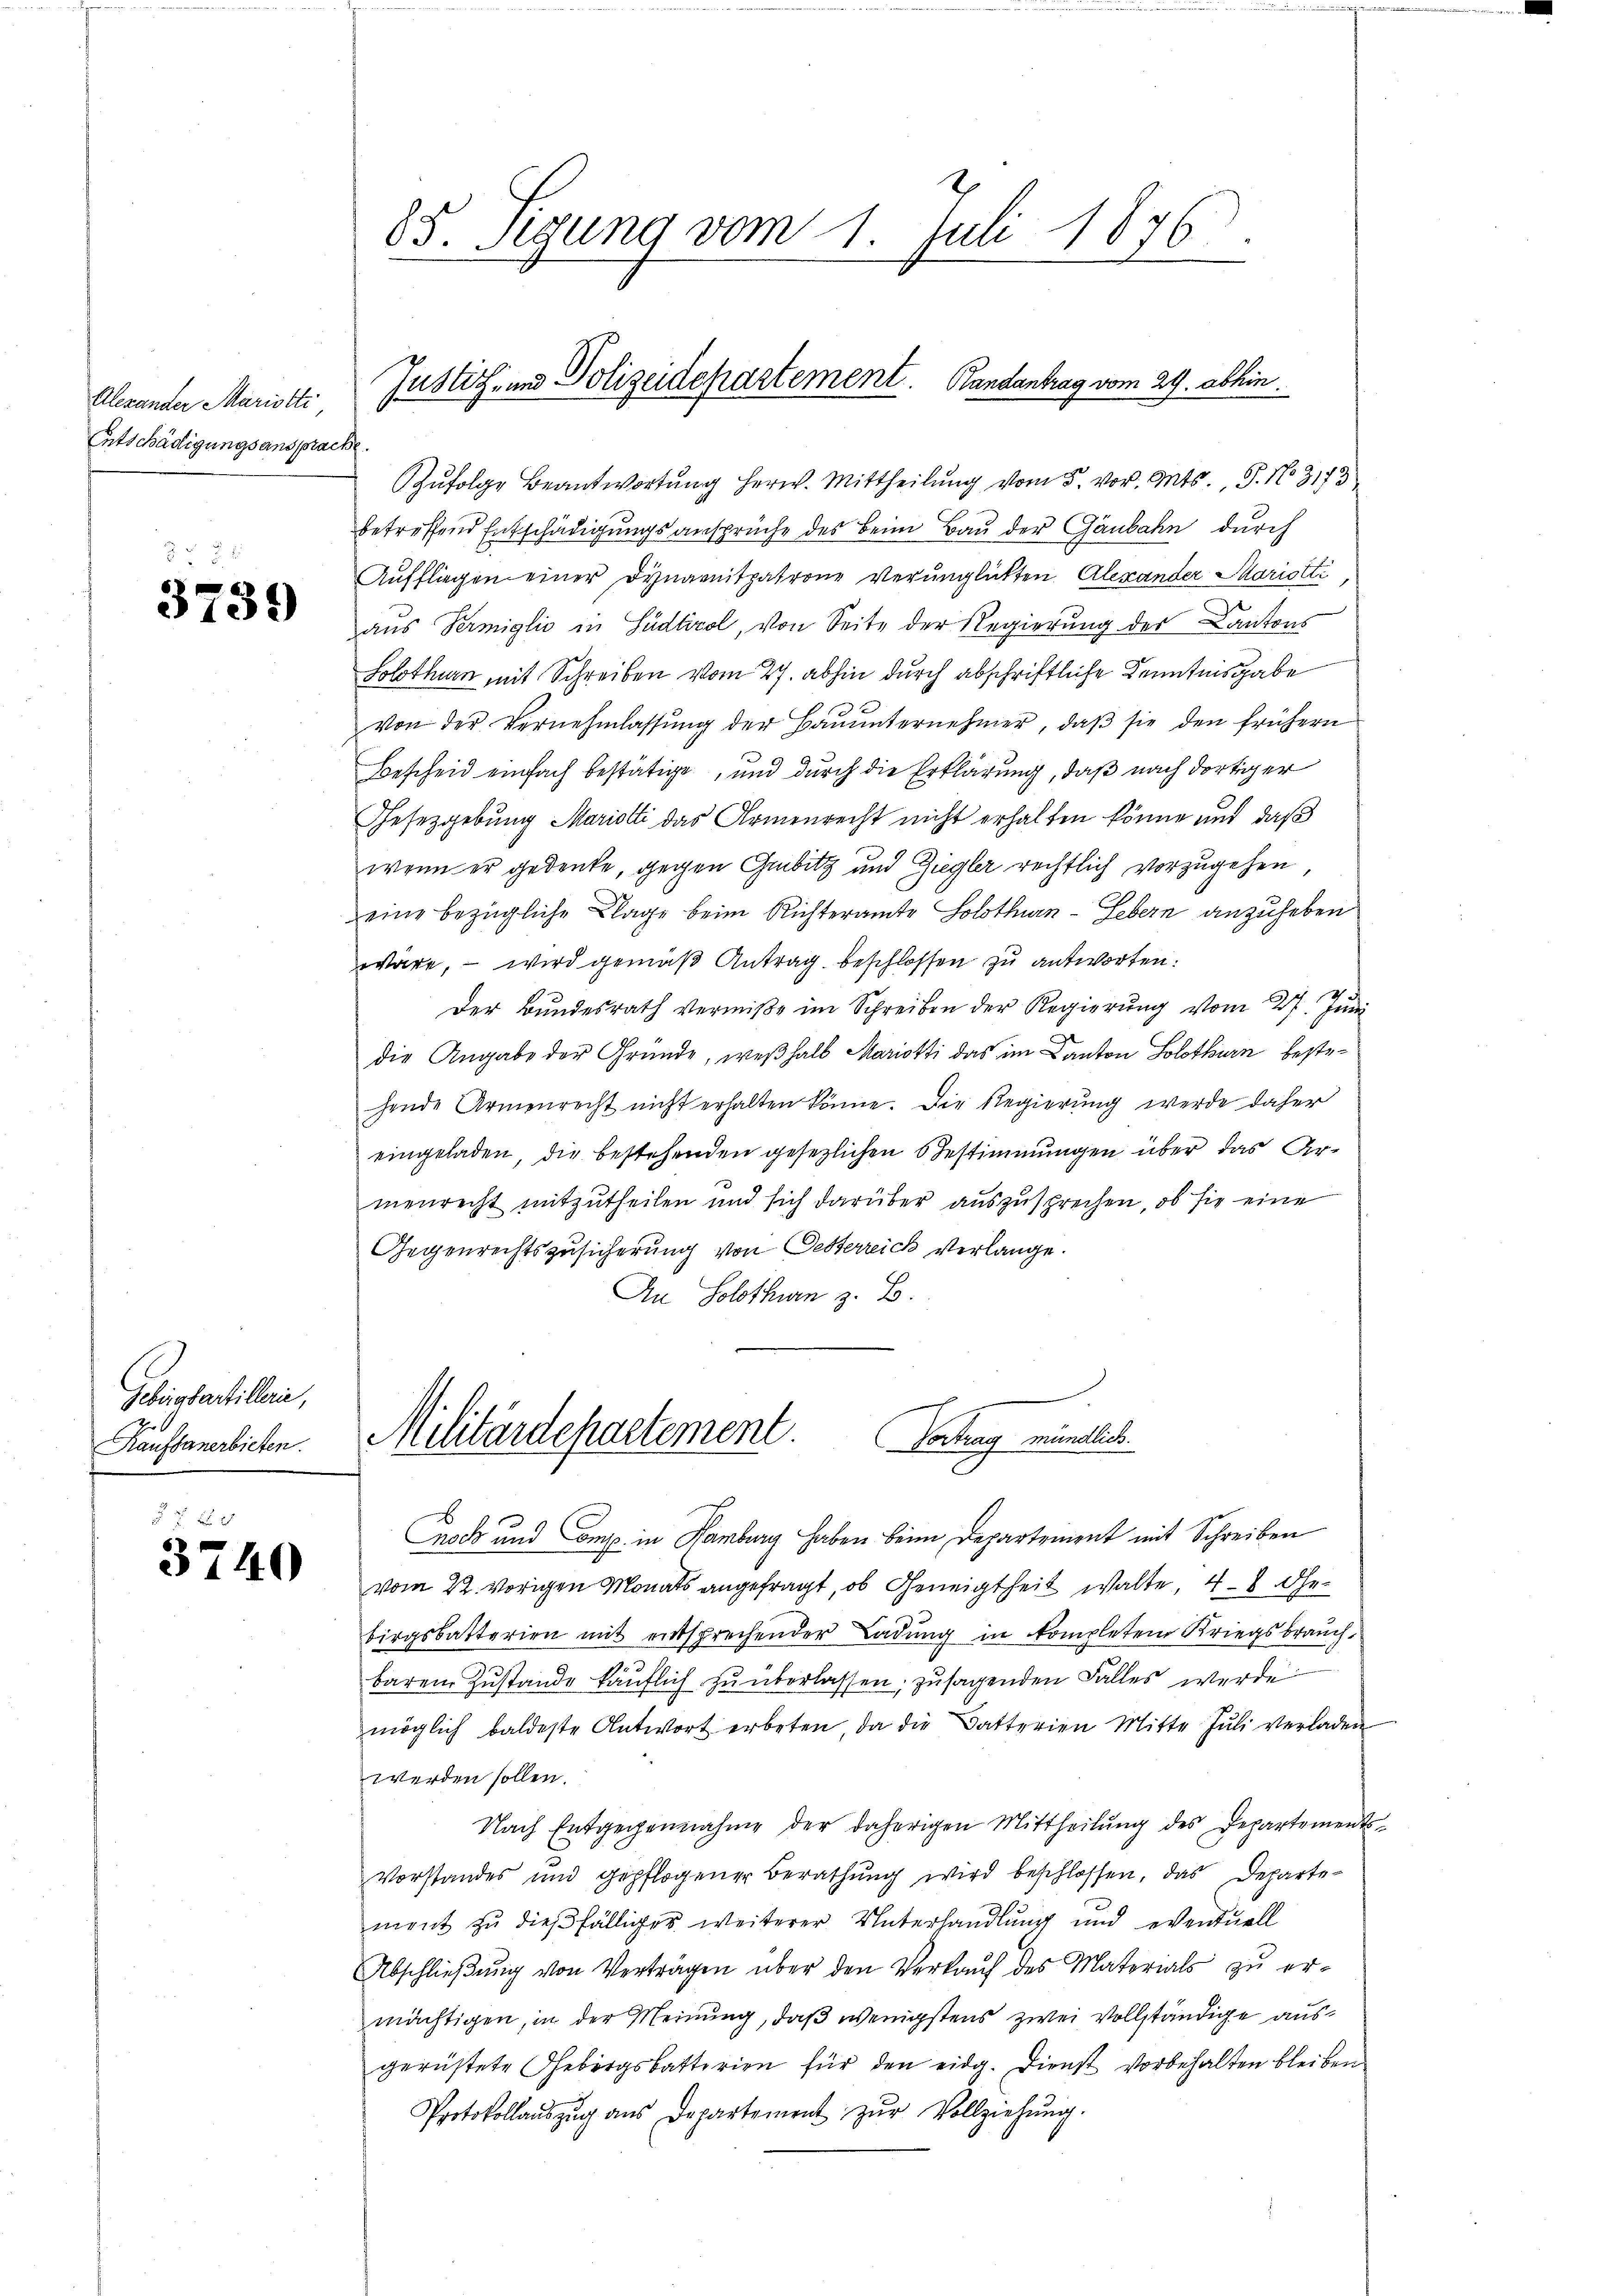
Alexander Mariotti,
Entschädigungsansprache.

3739)

Sbissartillerie,
Kaufsanerbieten.

3740

Zŭfolge Beantwortŭng herw. Mittheilŭng vom 5. vor. Mts., S. No 3173
betreffend Entschädigungsansprüche des Beim Bau der Gänbahn durch
Auffliegen einer Dynarnitpatrone verunglickten Alexander Mariotti
aus Termiglio in Südtirol, von Seite der Regierung der Kantons
Solothurn mit Schreiben vom 27. abhin durch abschriftliche Kenntnisgabe
von der Vernehmlassŭng der Baŭŭnternehmer, daβ sie den frühern
Bescheid einfach bestätige, und durch die Erklärung, daß nach dortiger
Gesetzgebung Mariotti das Armenrecht nicht erhalten könne und daß
wenn er gedenke, gegen Gubitz und Ziegler rechtlich vorzugehen,
eine bezügliche Klage beim Richteramte Solothurn - Lebern anzuheben
wäre, – wird gemäß Antrag beschlossen zu antworten:
Der Bŭndesrath vermiße im Schreiben der Regierŭng vom 27. Jŭni
die Angabe der Gründe, weßhalb Mariotti das im Canton Solothurn bestehende Armenrecht nicht erhalten könne. Die Regierung werde daher
eingeladen, die bestehenden gesezlichen Bestimmungen über das Armenrecht mitzutheilen und sich darüber auszusprechen, ob sie eine
Gegenrechtszusicherung von Oesterreich verlange.
An Solothurn z. B.

85. Sigung vom 1. Juli 1876

Justiz- und Polizeidepartement. Bandantrag vom 29. abhin.

Militärdepartement. Vortrag mündlich

noch und Comp. in Hamburg haben beim Departement mit Schreiben
vom 22. vorigen Monats angefragt, ob Geneigtheit walte, 4-8 Gebirgsbatterien mit entsprechender Ladung in kompleten Kriegsbrauch,
baren Zustande käuflich zu überlassen, zusagenden Falles werde
möglich baldeste Antwort erbeten, da die Datterien Mitte Jŭli verladen
werden sollen.
Nach Entgegennahme der daherigen Mittheilŭng des Departements-
Vorstandes und gepflogener Berathung wird beschlossen, das Departement zu dießfälliger weiterer Unterhandlung und eventuell
Abschließung von Verträgen über den Verkauf des Materials zu ermächtigen, in der Meinung, daß wenigstens zwei vollständige ausgerüstete Gebirgsbatterien für den eidg. Dienst vorbehalten bleiben
Protokollaŭszŭg ans Departement zŭr Vollziehŭng.